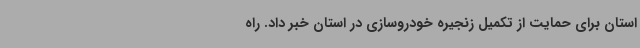
استان برای حمایت از تکمیل زنجیره خودروسازی در استان خبر داد. راه